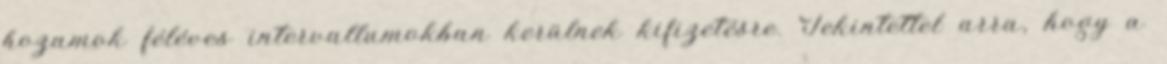
hozamok féléves intervallumokban kerülnek kiﬁzetésre. Tekintettel arra, hogy a